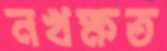
নখক্ষত